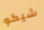
شيكو